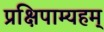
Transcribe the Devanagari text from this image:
प्रक्षिपाम्यहम्